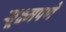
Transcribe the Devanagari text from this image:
सूक्ष्मपणे